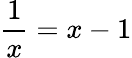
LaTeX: \frac{1}{x}=x-1